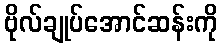
ဗိုလ်ချုပ်အောင်ဆန်းကို